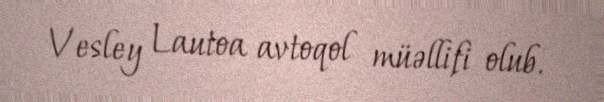
Vesley Lautoa avtoqol müəllifi olub.